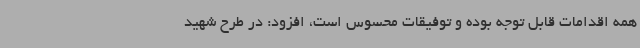
همه اقدامات قابل توجه بوده و توفیقات محسوس است، افزود: در طرح شهید